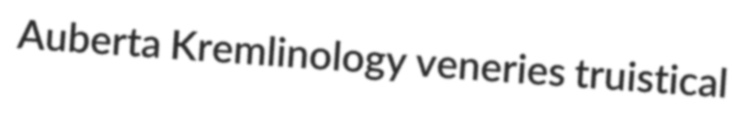
Auberta Kremlinology veneries truistical